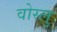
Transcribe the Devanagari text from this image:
वोस्लु